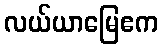
လယ်ယာမြေဧက